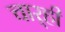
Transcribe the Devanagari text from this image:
चार्‍ही